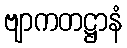
ဗျာကတဋ္ဌာနံ